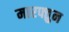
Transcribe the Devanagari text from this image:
मारफ्तुन